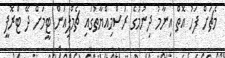
މެޗަށް ފަހު އޮތް އިނާމު ދިނުމުގެ ރަސްމިއްޔާތުގައި ޗެމްޕިއަން ޓީމަށް ދޭ ޓްރޮފީ